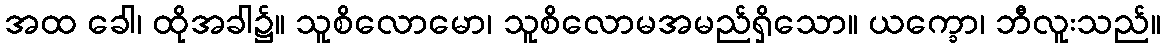
အထ ခေါ၊ ထိုအခါ၌။ သူစိလောမော၊ သူစိလောမအမည်ရှိသော။ ယက္ခော၊ ဘီလူးသည်။